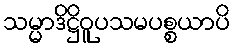
သမ္မာဒိဋ္ဌိဝူပသမပစ္စယာပိ